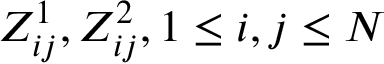
Z _ { i j } ^ { 1 } , Z _ { i j } ^ { 2 } , 1 \leq i , j \leq N